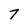
Character: 7